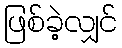
ဖြစ်ခဲ့လျှင်